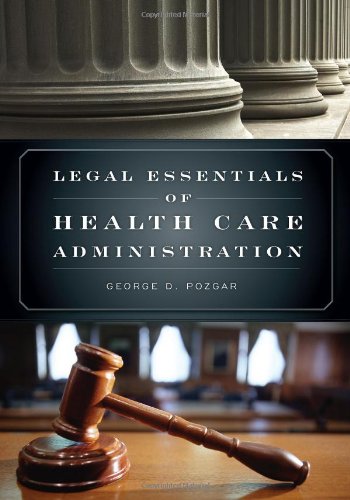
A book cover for Legal Essentials Of Health Care Administration; George D. Pozgar; Law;